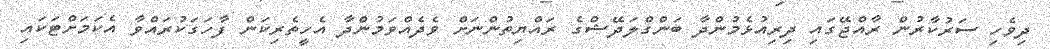
ދިވެހި ސަރުކާރުން ރާއްޖޭގައި ދިރިއުޅެމުންދާ ބަންގްލަދޭޝްގެ ރައްޔިތުންނަށް ވެދެއްވަމުންދާ އެހީތެރިކަން ފާހަގަކުރައްވާ އެކަމަށްޓަކައި